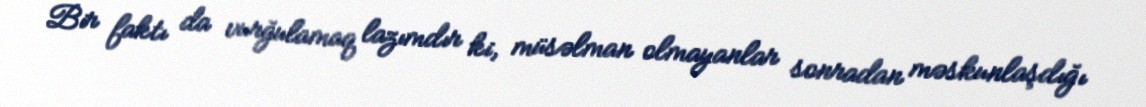
Bir faktı da vurğulamaq lazımdır ki, müsəlman olmayanlar sonradan məskunlaşdığı